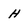
Character: H